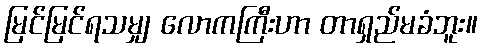
မြင်မြင်ရသမျှ လောကကြီးဟာ တာရှည်မခံဘူး။